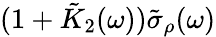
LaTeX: (1+\tilde{K}_{2}(\omega))\tilde{\sigma}_{\rho}(\omega)